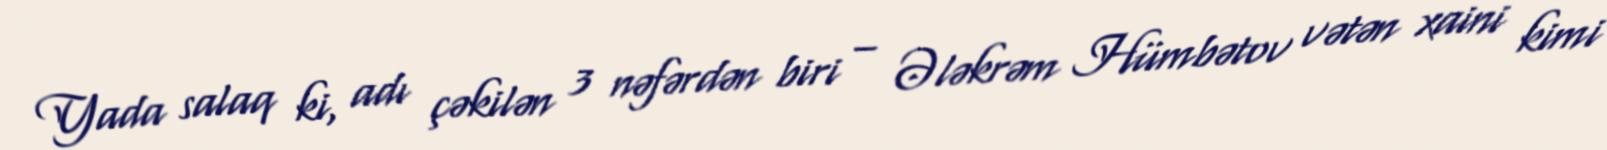
Yada salaq ki, adı çəkilən 3 nəfərdən biri – Ələkrəm Hümbətov vətən xaini kimi